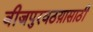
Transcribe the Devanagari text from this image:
वीजपुरवठय़ासाठी